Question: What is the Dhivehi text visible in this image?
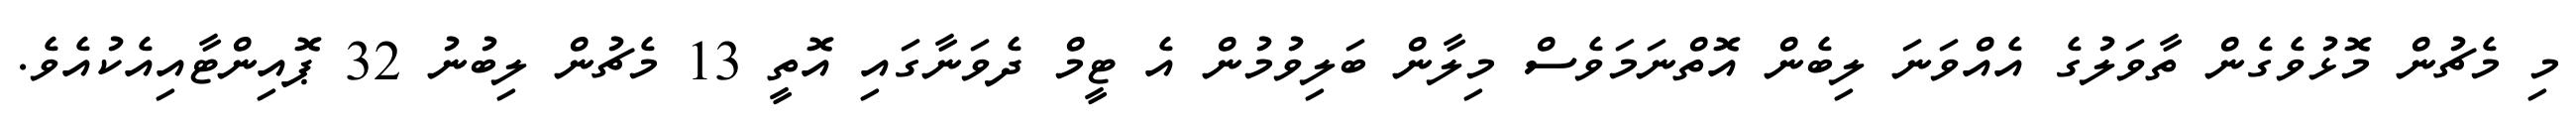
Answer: މި މެޗުން މޮޅުވެގެން ތާވަލުގެ އެއްވަނަ ލިބެން އޮތްނަމަވެސް މިލާން ބަލިވުމުން އެ ޓީމް ދެވަނާގައި އޮތީ 13 މެޗުން ލިބުނު 32 ޕޮއިންޓާއިއެކުއެވެ.